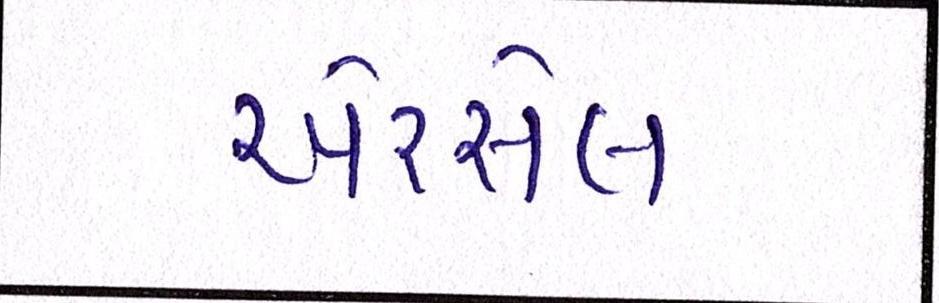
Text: એરસેલ